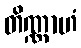
တိဏ္ဏာဟံ